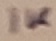
Text: 1K